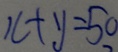
x + y = 5 0